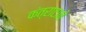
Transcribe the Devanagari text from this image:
कंत्राटाने